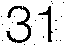
31